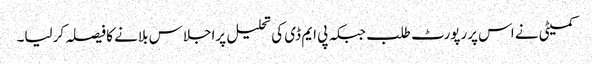
کمیٹی نے اس پررپورٹ طلب جبکہ پی ایم ڈی کی تحلیل پراجلاس بلانے کا فیصلہ کرلیا۔